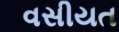
વસીયત